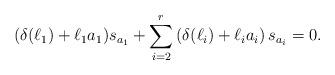
LaTeX: \begin{align*}(\delta(\ell_1)+\ell_1a_1)s_{a_1}+\sum_{i=2}^{r}\left(\delta(\ell_i)+\ell_ia_i\right)s_{a_i}=0.\end{align*}